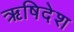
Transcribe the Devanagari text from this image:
ऋषिदेश